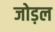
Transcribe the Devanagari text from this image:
जोड़ल